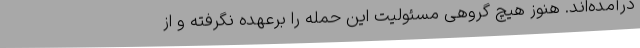
درآمده‌اند. هنوز هیچ گروهی مسئولیت این حمله را برعهده نگرفته و از